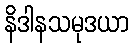
နိဒါနသမုဒယာ